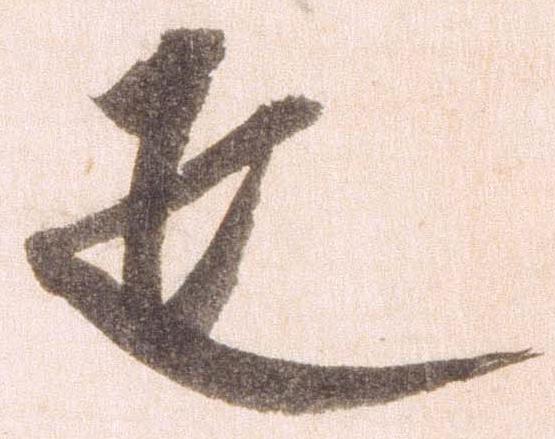
疋